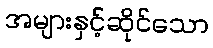
အများနှင့်ဆိုင်သော